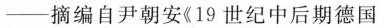
——摘编自尹朝安《19世纪中后期德国